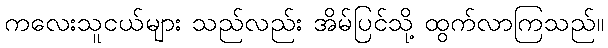
ကလေးသူငယ်များ သည်လည်း အိမ်ပြင်သို့ ထွက်လာကြသည်။